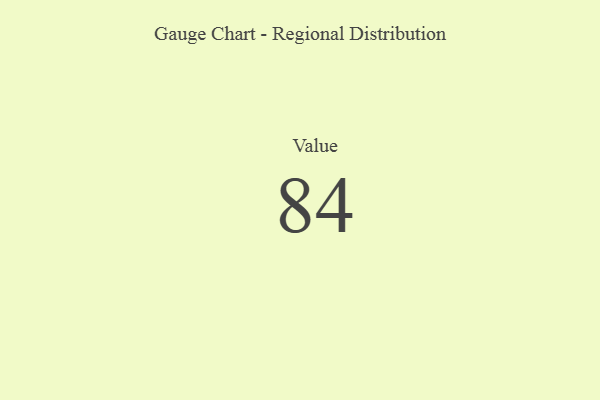
{"axis": {"x": "Metric", "y": "Value"}, "legend": [""], "data": [{"x": "Value", "y": 84, "type": ""}]}